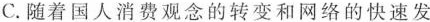
C.随着国人消费观念的转变和网络的快速发